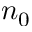
n _ { 0 }